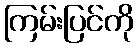
ကြမ်းပြင်ကို